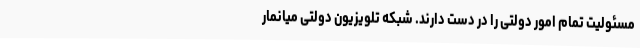
مسئولیت تمام امور دولتی را در دست دارند. شبکه تلویزیون دولتی میانمار